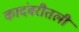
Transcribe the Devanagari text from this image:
कादंबरीतली